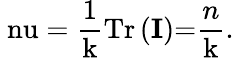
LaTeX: \mathrm{\ nu}=\frac{1}{\mathrm{k}}\mathrm{Tr}\left(\mathbf{I}\right)\mathrm{=}\frac{n}{\mathrm{k}}.